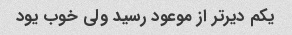
یکم دیر‌تر از موعود رسید ولی خوب یود